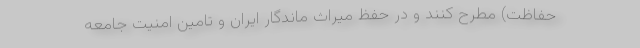
حفاظت) مطرح کنند و در حفظ میراث ماندگار ایران و تامین امنیت جامعه